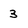
Character: 3